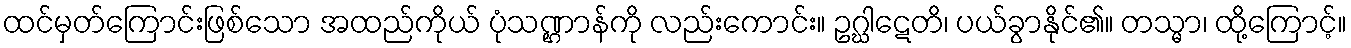
ထင်မှတ်ကြောင်းဖြစ်သော အထည်ကိုယ် ပုံသဏ္ဌာန်ကို လည်းကောင်း။ ဥဂ္ဃါဋေတိ၊ ပယ်ခွာနိုင်၏။ တသ္မာ၊ ထို့ကြောင့်။